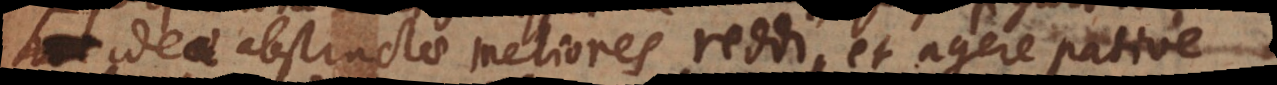
et ideae abstractae meliores reddi, et agere pative